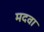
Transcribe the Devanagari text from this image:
मदवा